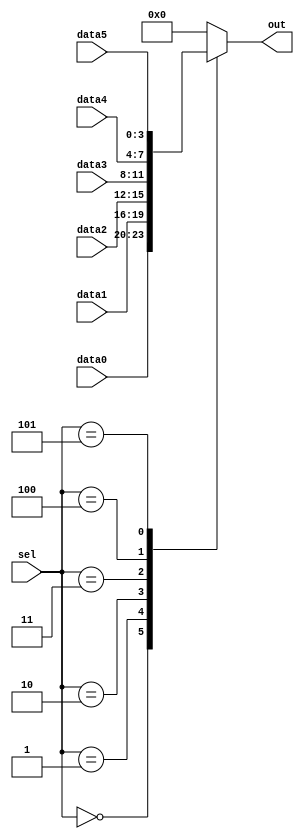
// if-else  case 
/*
case(in)
    x1: begin

    end

    x2: xxx;

    default:  yyy;
endcase 

*/

// case

// synthesis verilog_input_version verilog_2001
module top_module ( 
    input [2:0] sel, 
    input [3:0] data0,
    input [3:0] data1,
    input [3:0] data2,
    input [3:0] data3,
    input [3:0] data4,
    input [3:0] data5,
    output reg [3:0] out   );//

    always@(*) begin  // This is a combinational circuit
        case(sel)
                3'd0: out = data0;
                3'd1: out = data1;
                3'd2: out = data2;
                3'd3: out = data3;
                3'd4: out = data4;
                3'd5: out = data5;
                default: out =  0;
        endcase
    end

endmodule